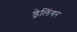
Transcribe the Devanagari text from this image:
ड्रेलिंगर